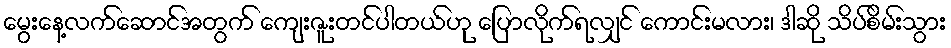
မွေးနေ့လက်ဆောင်အတွက် ကျေးဇူးတင်ပါတယ်ဟု ပြောလိုက်ရလျှင် ကောင်းမလား၊ ဒါဆို သိပ်စိမ်းသွား